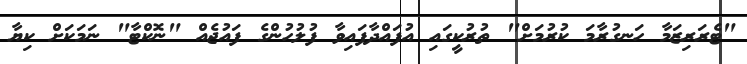
"ޓެރަރިޒަމާ ހަނގުރާމަ ކުރުމަށް" ތުރުކީގައި އުފައްދާފައިވާ ފުލުހުންގެ ފައުޖެއް "ނޮކްޓާ" ނަމަކަށް ކިޔާ